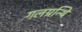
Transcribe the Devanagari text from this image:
गलग्रन्थि